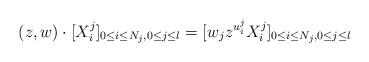
LaTeX: \begin{align*} (z,w) \cdot [X^j_i]_{0 \leq i \leq N_j, 0 \leq j \leq l} = [ w_j z^{u^j_i} X^j_i]_{0 \leq i \leq N_j, 0 \leq j \leq l} \end{align*}